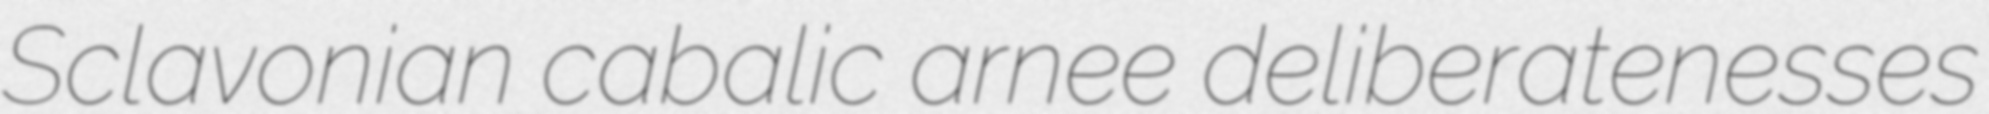
Sclavonian cabalic arnee deliberatenesses